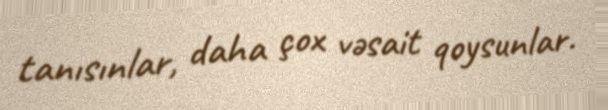
tanısınlar, daha çox vəsait qoysunlar.